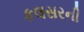
કલસરની